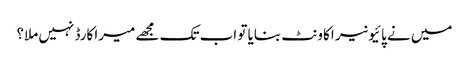
میں نے پائیونیر اکاونٹ بنایا تو اب تک مجھے میرا کارڈ نہیں ملا؟